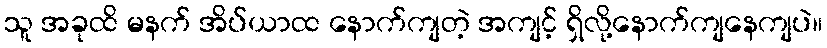
သူ အခုထိ မနက် အိပ်ယာထ နောက်ကျတဲ့ အကျင့် ရှိလို့နောက်ကျနေကျပဲ။